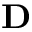
\mathbf { D }